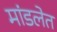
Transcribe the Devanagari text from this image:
मांडलेत